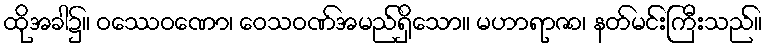
ထိုအခါ၌။ ဝဿေဝဏော၊ ဝေသဝဏ်အမည်ရှိသော။ မဟာရာဇာ၊ နတ်မင်းကြီးသည်။